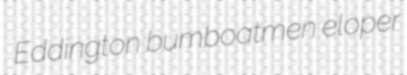
Eddington bumboatmen eloper